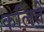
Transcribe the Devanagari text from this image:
कलिते